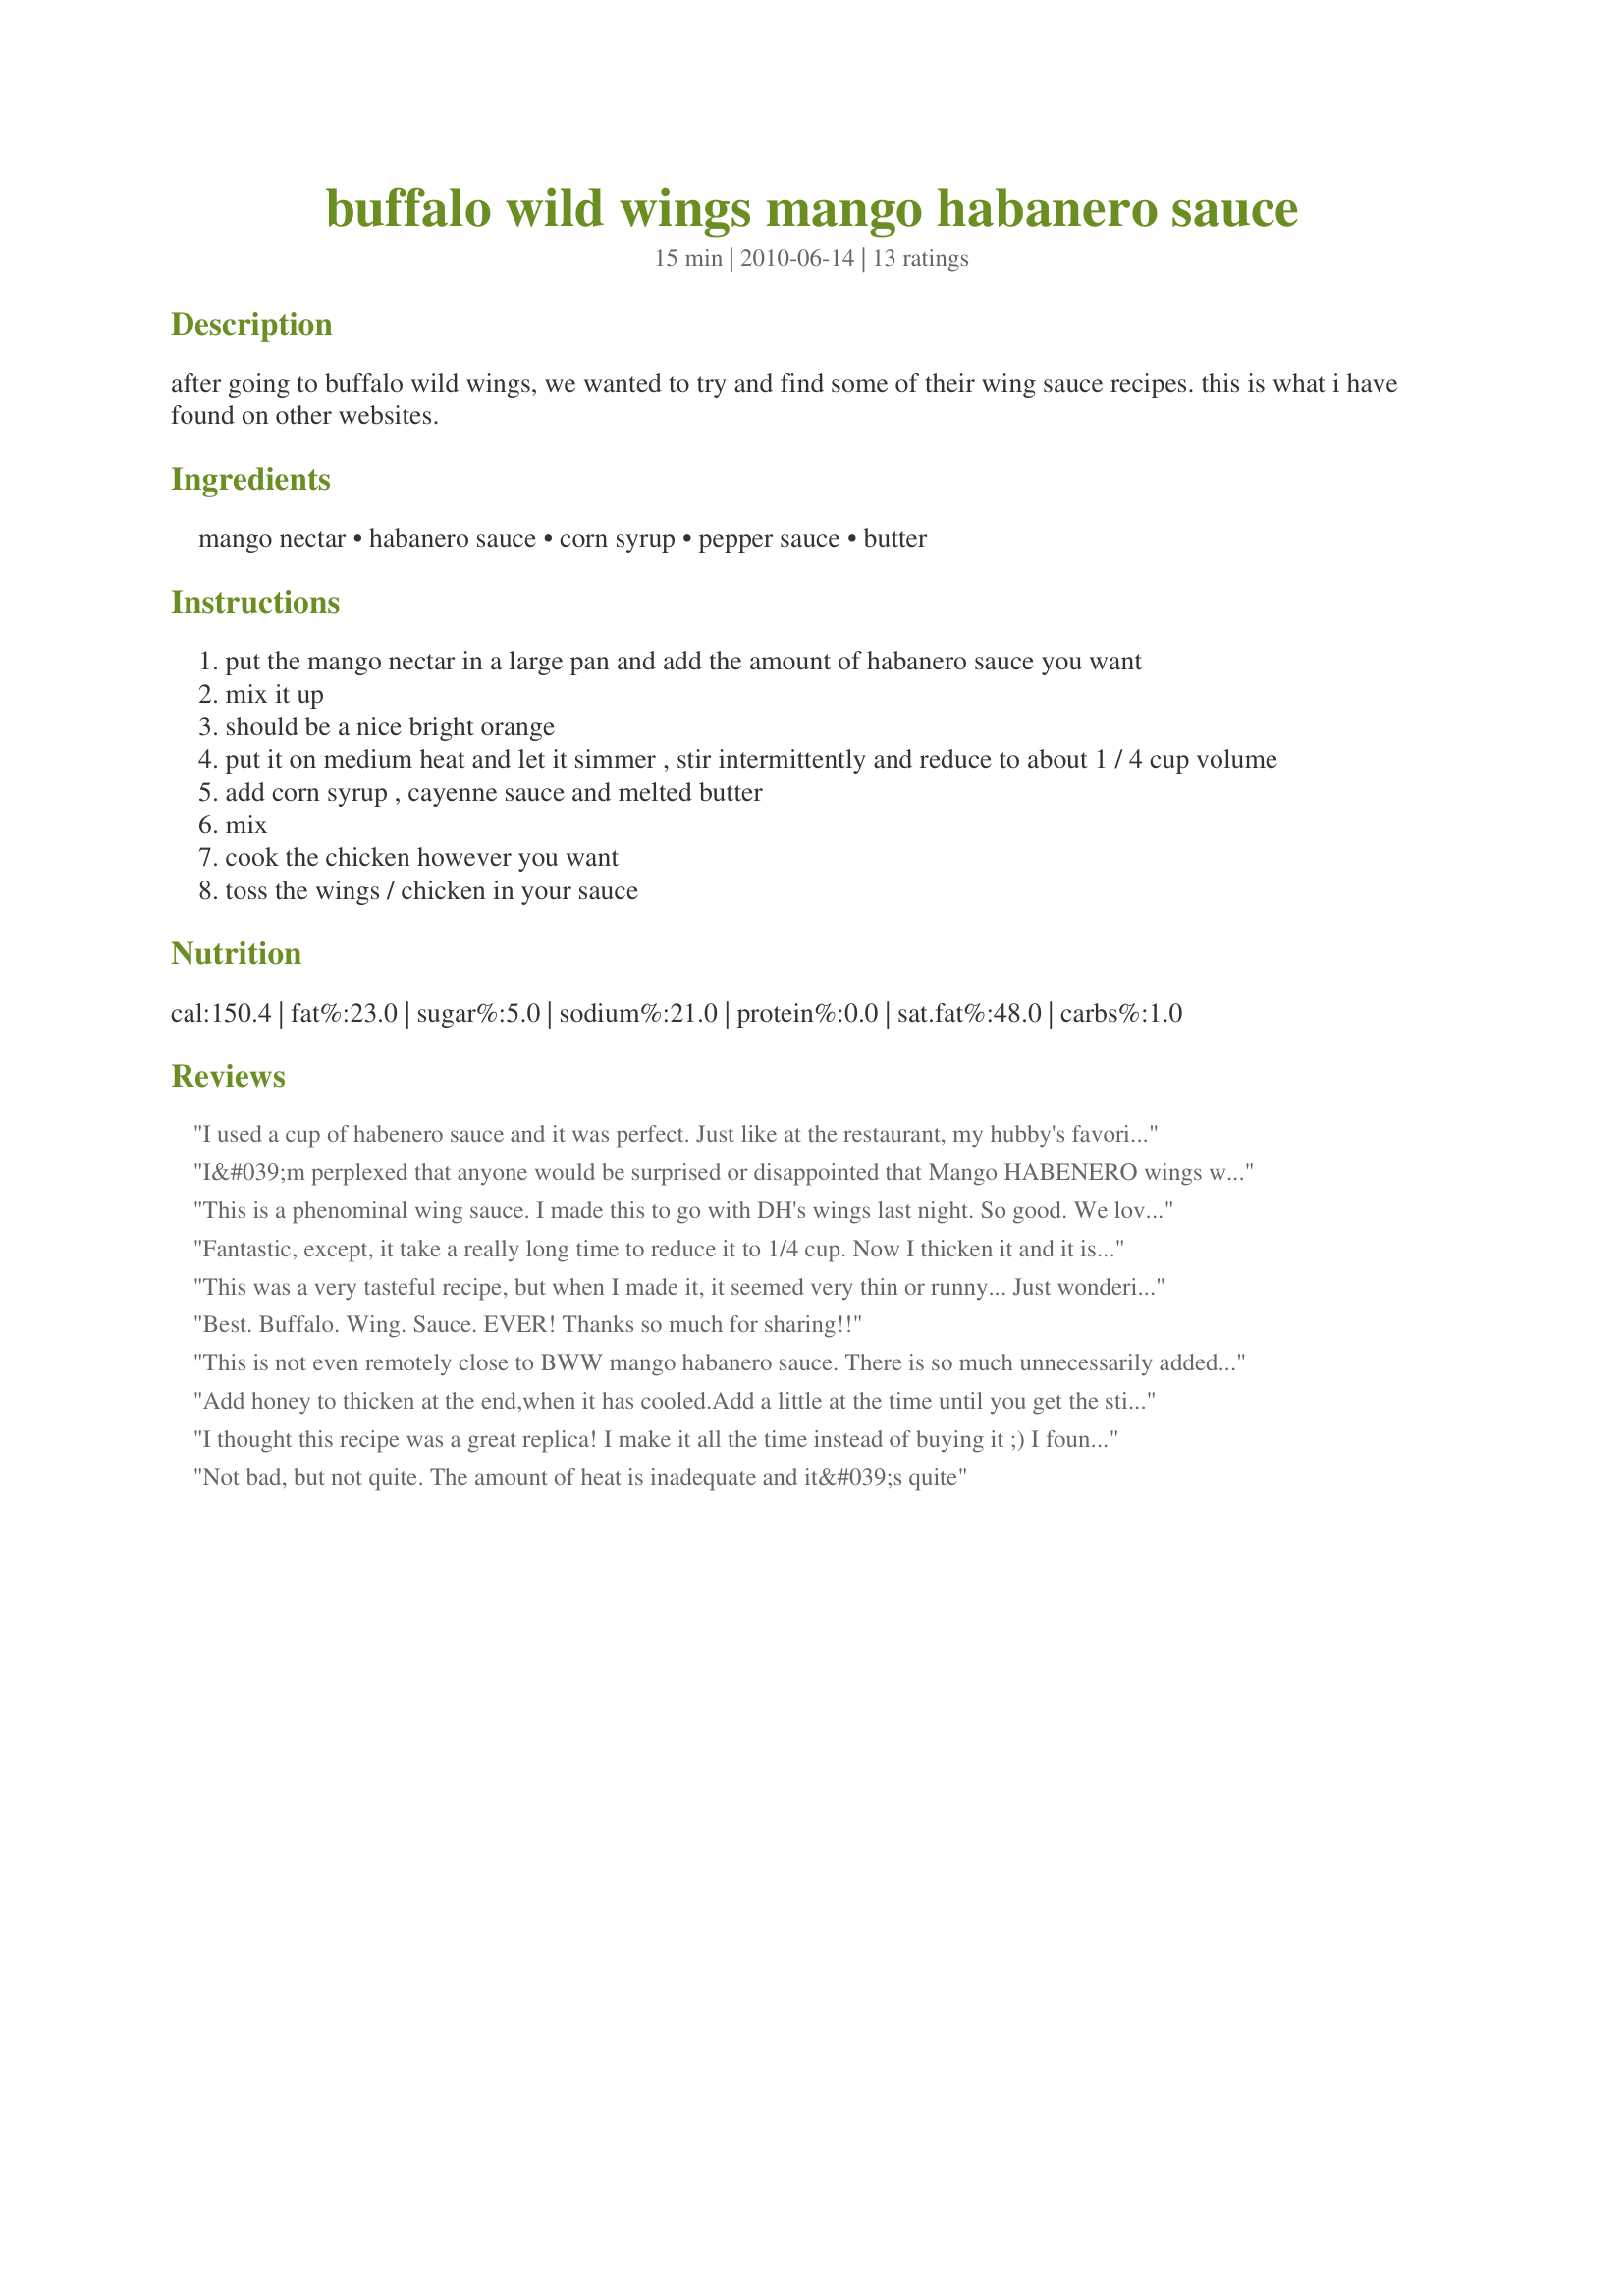
buffalo wild wings mango habanero sauce
Preparation time: 15 minutes

after going to buffalo wild wings, we wanted to try and find some of their wing sauce recipes. this is what i have found on other websites.

Ingredients:
mango nectar, habanero sauce, corn syrup, pepper sauce, butter

Steps:
put the mango nectar in a large pan and add the amount of habanero sauce you want
mix it up
should be a nice bright orange
put it on medium heat and let it simmer , stir intermittently and reduce to about 1 / 4 cup volume
add corn syrup , cayenne sauce and melted butter
mix
cook the chicken however you want
toss the wings / chicken in your sauce

Reviews:
I used a cup of habenero sauce and it was perfect. Just like at the restaurant, my hubby's favorite and since moving and the closest one is a 2 hour drive, this has really helped with the cravings!!
I&#039;m perplexed that anyone would be surprised or disappointed that Mango HABENERO wings would be hot. It&#039;s a great recipe and very tasty, but the sauce should be a lot thicker. It would be five stars if that was the case. Any way to do that without using corn starch? Thanks again!
This is a phenominal wing sauce. I made this to go with DH's wings last night. So good. We loved it. Thank you for sharing with us.
Fantastic, except, it take a really long time to reduce it to 1/4 cup. Now I thicken it and it is amazing.
This was a very tasteful recipe, but when I made it, it seemed very thin or runny... Just wondering if anybody has ideas to make it thicker so that it stay on the wings better instead of just running off...?
Best. Buffalo. Wing. Sauce. EVER! Thanks so much for sharing!!
This is not even remotely close to BWW mango habanero sauce. There is so much unnecessarily added to this sauce, and anyone who has tasted the real sauce can tell this isn&#039;t even similar. As a standalone, this isn&#039;t the worst mango habanero sauce I have tried, as a copy cat recipe it isn&#039;t even worth trying.
Add honey to thicken at the end,when it has cooled.Add a little at the time until you get the sticky goo you crave.
I thought this recipe was a great replica! I make it all the time instead of buying it ;) I found the mango nectar on the juice aisle, in a can. Thank you!
Not bad, but not quite. The amount of heat is inadequate and it&#039;s quite
This was probably the hottest sauce I've ever made. While the flavor was good, it was too hot for our taste. I don't know if it was because of the brand of Habanero sauce (I used Tobasco brand because I couldn't find the El Yucatan brand at Kroger) or what, but I only used a half a cup of Habanero sauce to two cups mango nectar. I was glad I purchased extra mango nectar because I had to add another cup to the sauce. I even left out the Franks Hot Sauce since it was so hot! Honestly, I didn't care for it but DH kinda liked it. The fumes where almost over-whelming while cooking it too. I have a hot palate, but I don't think I'll be making this one again any time soon. Sorry.
Good sauce! Kinda thick and not sure how much habanero sauce too add to get the BW3 taste. Any suggestions?
I ate at Buffalo Wild Wings once, and I had this one my wings and I loved it. I can&#039;t remember how close of a replica it is, but it is still very tasty. I have found that 3 liquid ounces of habanero is the perfect amount for taste. I adjust the spicyness of the sauce by adjusting the amount of mango nectar I use. The more mango nectar that is added the longer you have to simmer the sauce. The longer you simmer the sauce the more it &quot;cooks&quot; the habanero and the spicier the sauce ends up being. If it a little too hot put in less mango nectar or add in the habanero after a few minutes of simmering the nectar.
